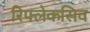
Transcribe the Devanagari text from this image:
रिफ्लेकसिव